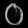
Digit: ၀